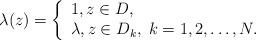
LaTeX: \begin{align*}\lambda(z) = \left\{\begin{array}{llll}1,z \in D,\\\lambda, z \in D_k, \; k=1,2,\ldots,N.\end{array}\right.\end{align*}